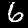
Digit: 6